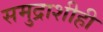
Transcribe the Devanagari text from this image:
समुद्राशीही